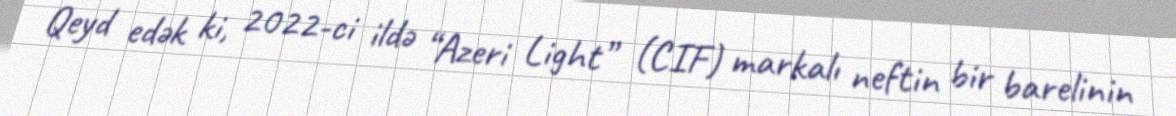
Qeyd edək ki, 2022-ci ildə “Azeri Light” (CIF) markalı neftin bir barelinin